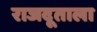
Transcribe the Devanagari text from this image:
राजदूताला